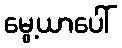
မွေ့ယာပေါ်